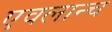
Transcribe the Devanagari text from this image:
एवलान्च